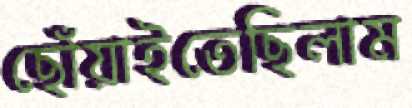
ছোঁয়াইতেছিলাম